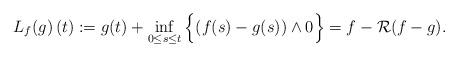
LaTeX: \begin{align*}L_f(g) \, (t) := g(t) + \inf _{0 \leq s \leq t} \Big\{ (f(s)-g(s)) \wedge 0 \Big\} = f- \mathcal R(f-g).\end{align*}